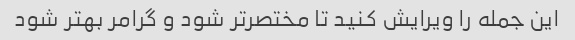
این جمله را ویرایش کنید تا مختصرتر شود و گرامر بهتر شود